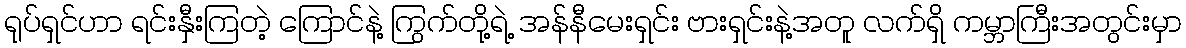
ရုပ်ရှင်ဟာ ရင်းနှီးကြတဲ့ ကြောင်နဲ့ ကြွက်တို့ရဲ့ အန်နီမေးရှင်း ဗားရှင်းနဲ့အတူ လက်ရှိ ကမ္ဘာကြီးအတွင်းမှာ